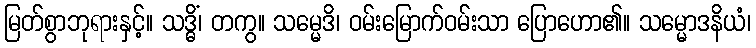
မြတ်စွာဘုရားနှင့်။ သဒ္ဓိံ၊ တကွ။ သမ္မေဒိ၊ ဝမ်းမြောက်ဝမ်းသာ ပြောဟော၏။ သမ္မောဒနိယံ၊